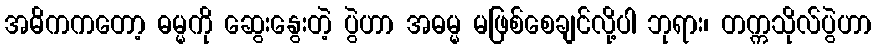
အဓိကကတော့ ဓမ္မကို ဆွေးနွေးတဲ့ ပွဲဟာ အဓမ္မ မဖြစ်စေချင်လို့ပါ ဘုရား၊ တက္ကသိုလ်ပွဲဟာ